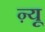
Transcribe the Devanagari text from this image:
ऩ्यू